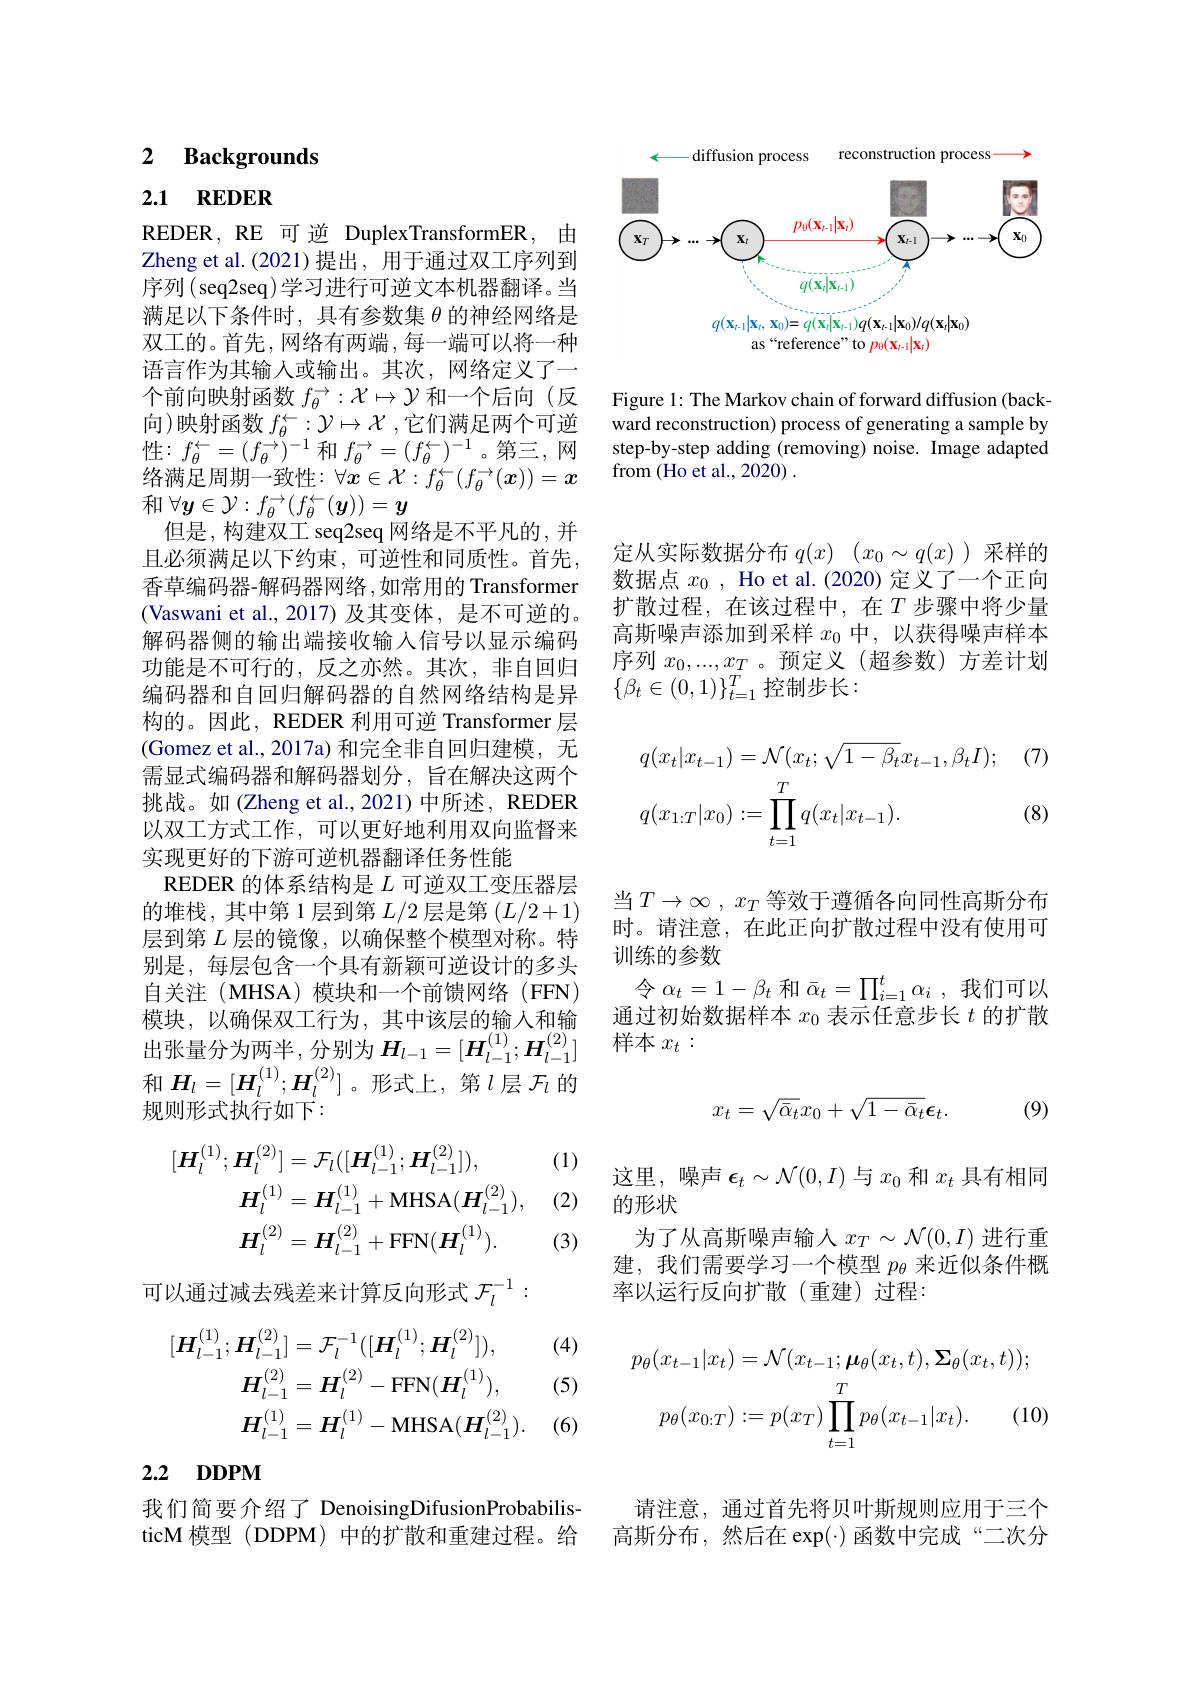
<FigureHere>

Figure 1: The Markov chain of forward diffusion (backward reconstruction) process of generating a sample by step-by-step adding (removing) noise. Image adapted from (Ho et al., 2020) .

## 2 $\textbf{Backgrounds}$

2.1 REDER

$\mathbf{REDER},\mathbf{RE}$可逆 DuplexTransformER,由Zheng et al. (2021)提出，用于通过双工序列到序列(seq2seq)学习进行可逆文本机器翻译。当满足以下条件时，具有参数集$\theta$的神经网络是双工的。首先，网络有两端，每一端可以将一种语言作为其输入或输出。其次，网络定义了一个前向映射函数$f_\theta^\to:\mathcal{X}\mapsto\mathcal{Y}$和一个后向(反向)映射函数$f_\theta^\leftarrow:\mathcal{Y}\mapsto\mathcal{X}$ ,它们满足两个可逆性$:f_\theta^\leftarrow=(f_\theta^{\rightarrow})^{-1}$ 和 $f_\theta^\rightarrow=(f_\theta^\leftarrow)^{-1}$。第三，网络满足周期一致性：$\forall x\in\mathcal{X}:f_\theta^\leftarrow(f_\theta^\rightarrow(x))=x$ 和$\forall y\in\mathcal{Y}:f_\theta^\to(f_\theta^\leftarrow(\boldsymbol{y}))=y$
但是，构建双工 seq2seq 网络是不平凡的，并且必须满足以下约束，可逆性和同质性。首先香草编码器-解码器网络，如常用的 Transformer (Vaswani et al.,2017)及其变体，是不可逆的。解码器侧的输出端接收输入信号以显示编码功能是不可行的，反之亦然。其次，非自回归编码器和自回归解码器的自然网络结构是异构的。因此，REDER 利用可逆 Transformer 层(Gomez et al., 2017a) 和完全非自回归建模，无需显式编码器和解码器划分，旨在解决这两个挑战。如(Zheng et al.,2021)中所述，REDER 以双工方式工作，可以更好地利用双向监督来实现更好的下游可逆机器翻译任务性能
REDER 的体系结构是$L$可逆双工变压器层的堆栈，其中第 1层到第$L/2$层是第$(L/2+1)$ 层到第$L$层的镜像，以确保整个模型对称。特别是，每层包含一个具有新颖可逆设计的多头自关注(MHSA)模块和一个前馈网络(FFN) 模块，以确保双工行为，其中该层的输入和输出张量分为两半，分别为$H_l-1=[\boldsymbol{H}_{l-1}^{(1)};\boldsymbol{H}_{l-1}^{(2)}]$ 和$H_l=[\boldsymbol{H}_l^{(1)};\boldsymbol{H}_l^{(2)}]$。形式上，第$l$层$\mathcal{F}_l$的规则形式执行如下：
$$\begin{aligned}[\boldsymbol{H}_{l}^{(1)};\boldsymbol{H}_{l}^{(2)}]&=\mathcal{F}_{l}([\boldsymbol{H}_{l-1}^{(1)};\boldsymbol{H}_{l-1}^{(2)}]),\\\boldsymbol{H}_{l}^{(1)}&=\boldsymbol{H}_{l-1}^{(1)}+\mathrm{MHSA}(\boldsymbol{H}_{l-1}^{(2)}),\\\boldsymbol{H}_{l}^{(2)}&=\boldsymbol{H}_{l-1}^{(2)}+\mathrm{FFN}(\boldsymbol{H}_{l}^{(1)}).\end{aligned}$$
$\begin{array}{ll}(1)&&\text{这里，噪声 }\epsilon_t\sim\mathcal{N}(0,I)\text{ 与 }x_0\text{ 和 }x_t\text{ 具有相同}\\(2)&&\text{的形状}\end{array}$

(3)

可以通过减去残差来计算反向形式$\mathcal{F}_l^{-1}:$

(4)
$$\begin{aligned}[\boldsymbol{H}_{l-1}^{(1)};\boldsymbol{H}_{l-1}^{(2)}]&=\mathcal{F}_{l}^{-1}([\boldsymbol{H}_{l}^{(1)};\boldsymbol{H}_{l}^{(2)}]),\\\boldsymbol{H}_{l-1}^{(2)}&=\boldsymbol{H}_{l}^{(2)}-\mathrm{FFN}(\boldsymbol{H}_{l}^{(1)}),\\\boldsymbol{H}_{l-1}^{(1)}&=\boldsymbol{H}_{l}^{(1)}-\mathrm{MHSA}(\boldsymbol{H}_{l-1}^{(2)}).\end{aligned}$$
(5)

(6)

# 2.2 DDPM

我们简要介绍了 DenoisingDifusionProbabilisticM 模型 (DDPM) 中的扩散和重建过程。给

定从实际数据分布$q( x)$ $( x_0\sim q( x)$ )采样的数据点$x_0$, Ho et al.(2020)定义了一个正向扩散过程，在该过程中，在$T$步骤中将少量高斯噪声添加到采样$x_0$中，以获得噪声样本序列$x_0,...,x_T$ 。预定义(超参数)方差计划$\{\beta_t\in(0,1)\}_{t=1}^T$控制步长：
$$\begin{aligned}&q(x_{t}|x_{t-1})=\mathcal{N}(x_{t};\sqrt{1-\beta_{t}}x_{t-1},\beta_{t}I);\\&q(x_{1:T}|x_{0}):=\prod_{t=1}^{T}q(x_{t}|x_{t-1}).\end{aligned}$$
(8)

当$T\to\infty,x_T$等效于遵循各向同性高斯分布时。请注意，在此正向扩散过程中没有使用可训练的参数
令$\alpha_t=1-\beta_t$和$\bar{\alpha } _t= \prod _i= 1^t\alpha _i$ ,我们可以通过初始数据样本$x_0$表示任意步长$t$的扩散样本$x_t:$

(9)
$$x_t=\sqrt{\bar{\alpha}_t}x_0+\sqrt{1-\bar{\alpha}_t}\epsilon_t.$$
为了从高斯噪声输入$x_T\sim\mathcal{N}(0,I)$ 进行重建，我们需要学习一个模型$p_\theta$来近似条件概率以运行反向扩散(重建)过程：
$$\begin{aligned}p_{\theta}(x_{t-1}|x_{t})&=\mathcal{N}(x_{t-1};\boldsymbol{\mu}_{\theta}(x_{t},t),\boldsymbol{\Sigma}_{\theta}(x_{t},t));\\p_{\theta}(x_{0:T})&:=p(x_{T})\prod_{t=1}^{T}p_{\theta}(x_{t-1}|x_{t}).\quad(10)\end{aligned}$$
请注意，通过首先将贝叶斯规则应用于三个高斯分布，然后在 exp(·)函数中完成“二次分